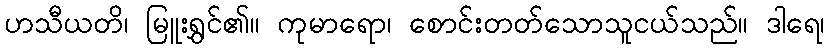
ဟသီယတိ၊ မြူးရွှင်၏။ ကုမာရော၊ စောင်းတတ်သောသူငယ်သည်။ ဒါရေ၊